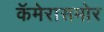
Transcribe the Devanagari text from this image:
कॅमेरासमोर